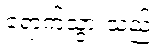
ရောက်သွားသည့်